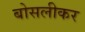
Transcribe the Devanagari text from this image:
बोसलीकर